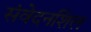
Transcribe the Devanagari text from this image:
संवेदनशिल